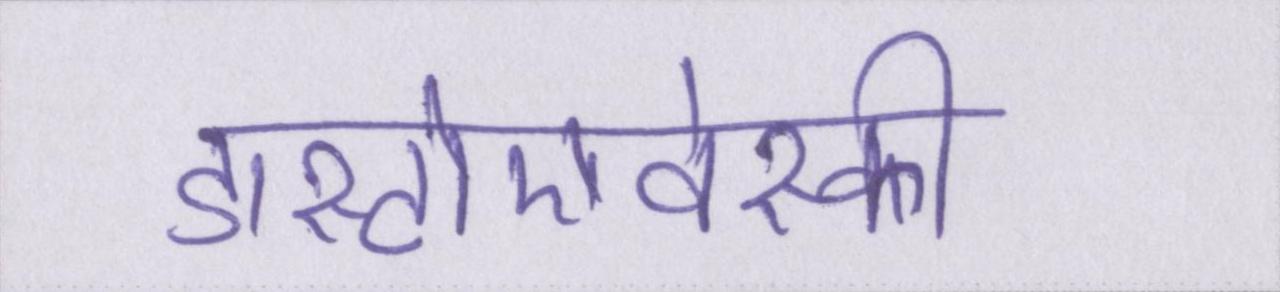
डास्टोएवेस्की